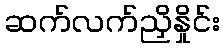
ဆက်လက်ညှိနှိုင်း